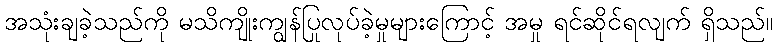
အသုံးချခဲ့သည်ကို မသိကျိုးကျွန်ပြုလုပ်ခဲ့မှုများကြောင့် အမှု ရင်ဆိုင်ရလျက် ရှိသည်။